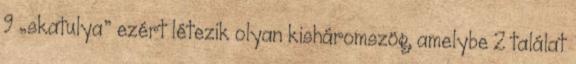
9 „skatulya” ezért létezik olyan kisháromszög, amelybe 2 találat